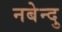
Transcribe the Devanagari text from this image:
नबेन्दु